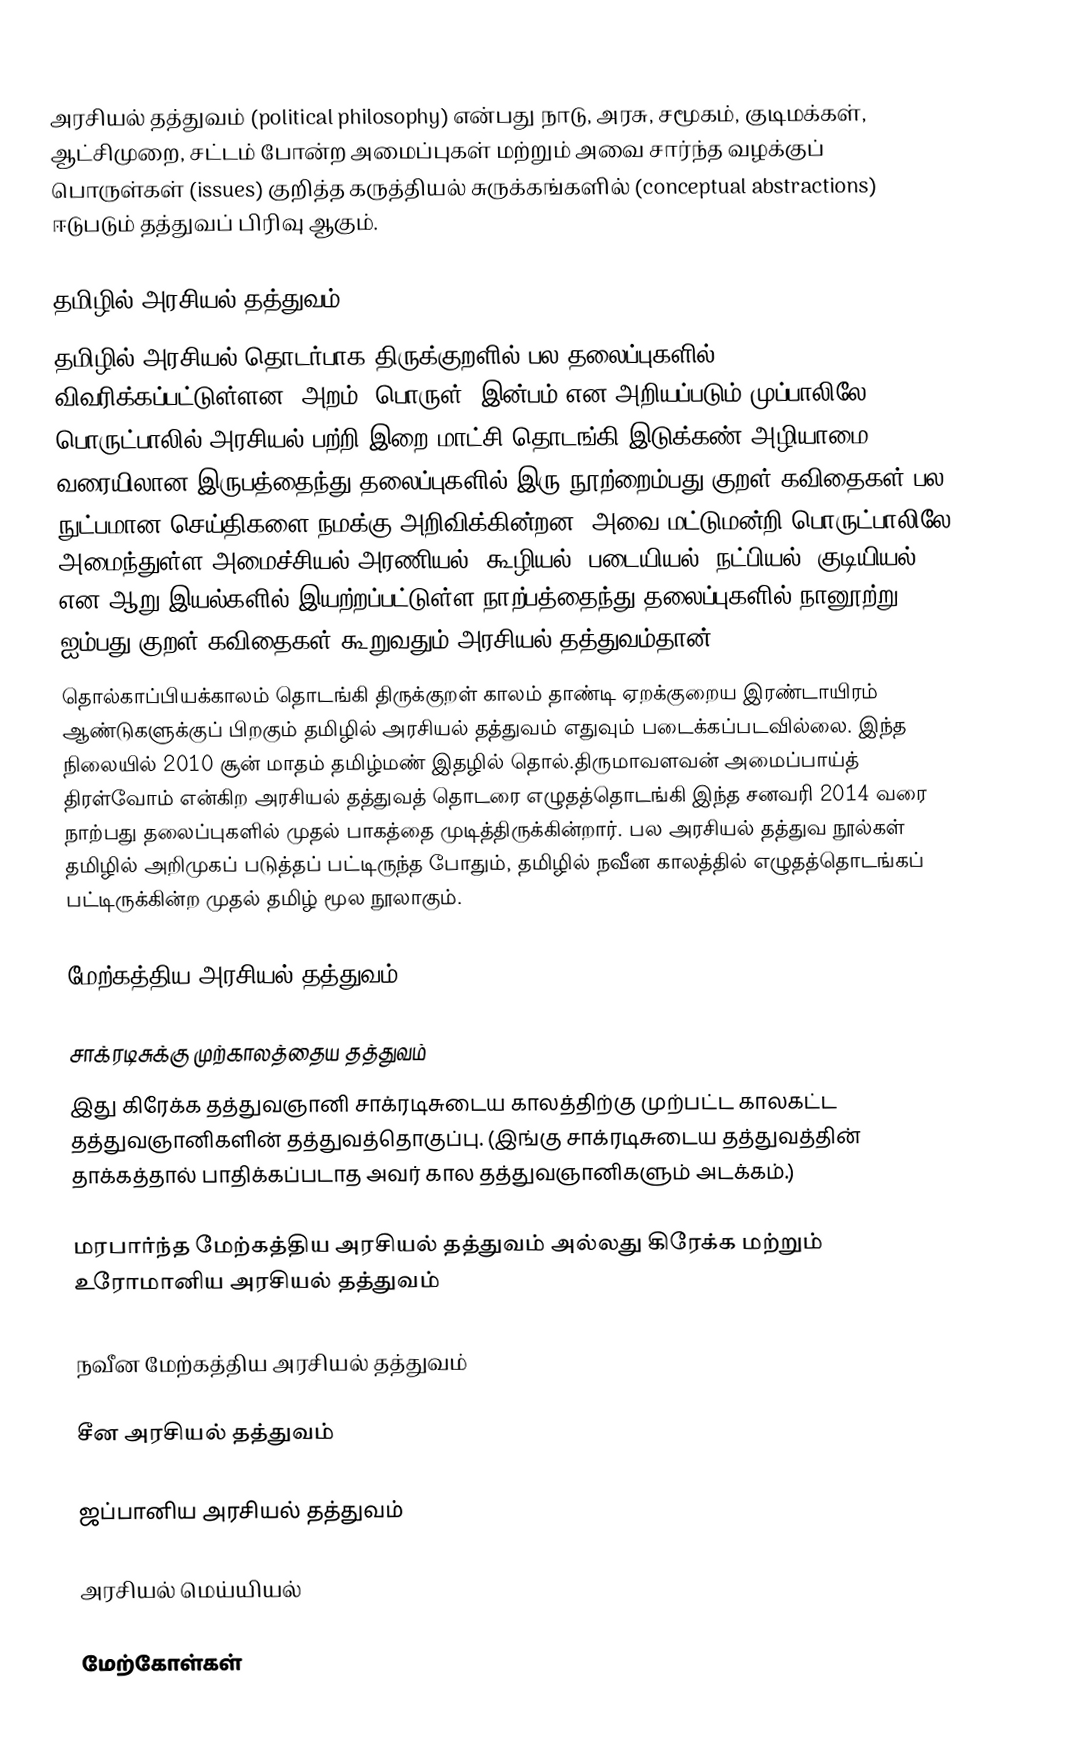
அரசியல் தத்துவம் (political philosophy) என்பது நாடு, அரசு, சமூகம், குடிமக்கள், ஆட்சிமுறை, சட்டம் போன்ற அமைப்புகள் மற்றும் அவை சார்ந்த வழக்குப் பொருள்கள் (issues) குறித்த கருத்தியல் சுருக்கங்களில் (conceptual abstractions) ஈடுபடும் தத்துவப் பிரிவு ஆகும்.

தமிழில் அரசியல் தத்துவம்
தமிழில் அரசியல் தொடர்பாக திருக்குறளில் பல தலைப்புகளில் விவரிக்கப்பட்டுள்ளன. அறம், பொருள், இன்பம் என அறியப்படும் முப்பாலிலே பொருட்பாலில் அரசியல் பற்றி இறை மாட்சி தொடங்கி இடுக்கண் அழியாமை வரையிலான இருபத்தைந்து தலைப்புகளில் இரு நூற்றைம்பது குறள் கவிதைகள் பல நுட்பமான செய்திகளை நமக்கு அறிவிக்கின்றன. அவை மட்டுமன்றி பொருட்பாலிலே அமைந்துள்ள அமைச்சியல்,அரணியல், கூழியல், படையியல், நட்பியல், குடியியல் என ஆறு இயல்களில் இயற்றப்பட்டுள்ள நாற்பத்தைந்து தலைப்புகளில் நானூற்று ஐம்பது குறள் கவிதைகள் கூறுவதும் அரசியல் தத்துவம்தான்.
தொல்காப்பியக்காலம் தொடங்கி திருக்குறள் காலம் தாண்டி ஏறக்குறைய இரண்டாயிரம் ஆண்டுகளுக்குப் பிறகும் தமிழில் அரசியல் தத்துவம் எதுவும் படைக்கப்படவில்லை. இந்த நிலையில் 2010 சூன் மாதம் தமிழ்மண் இதழில் தொல்.திருமாவளவன் அமைப்பாய்த் திரள்வோம் என்கிற அரசியல் தத்துவத் தொடரை எழுதத்தொடங்கி இந்த சனவரி 2014 வரை நாற்பது தலைப்புகளில் முதல் பாகத்தை முடித்திருக்கின்றார். பல அரசியல் தத்துவ நூல்கள் தமிழில் அறிமுகப் படுத்தப் பட்டிருந்த போதும், தமிழில்  நவீன காலத்தில் எழுதத்தொடங்கப் பட்டிருக்கின்ற முதல் தமிழ் மூல நூலாகும்.

மேற்கத்திய அரசியல் தத்துவம்

சாக்ரடிசுக்கு முற்காலத்தைய தத்துவம்
இது கிரேக்க தத்துவஞானி சாக்ரடிசுடைய காலத்திற்கு முற்பட்ட காலகட்ட தத்துவஞானிகளின் தத்துவத்தொகுப்பு. (இங்கு சாக்ரடிசுடைய தத்துவத்தின் தாக்கத்தால் பாதிக்கப்படாத அவர் கால தத்துவஞானிகளும் அடக்கம்.)

மரபார்ந்த மேற்கத்திய அரசியல் தத்துவம் அல்லது கிரேக்க மற்றும் உரோமானிய அரசியல் தத்துவம்

நவீன மேற்கத்திய அரசியல் தத்துவம்

சீன அரசியல் தத்துவம்

ஜப்பானிய அரசியல் தத்துவம்

அரசியல் மெய்யியல்

மேற்கோள்கள்